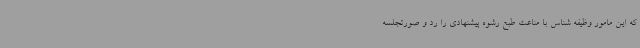
که این مامور وظیفه شناس با مناعت طبع رشوه پیشنهادی را رد و صورتجلسه